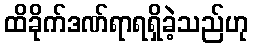
ထိခိုက်ဒဏ်ရာရရှိခဲ့သည်ဟု